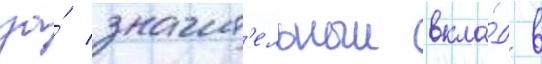
за́ значит'ельныи вкла́д в